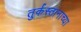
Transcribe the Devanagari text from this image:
तुर्कस्तानाच्या